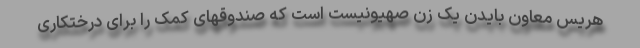
هریس معاون بایدن یک زن صهیونیست است که صندوقهای کمک را برای درختکاری